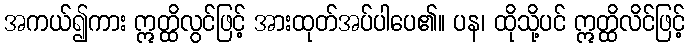
အကယ်၍ကား ဣတ္ထိလွင်ဖြင့် အားထုတ်အပ်ပါပေ၏။ ပန၊ ထိုသို့ပင် ဣတ္ထိလိင်ဖြင့်